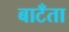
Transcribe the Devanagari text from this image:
बाटँता